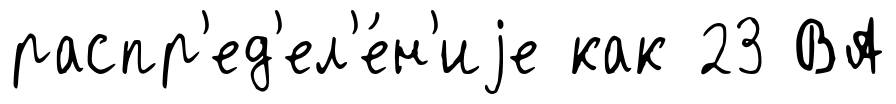
распр'ед'ел'е́н'иjе как 23 ВА